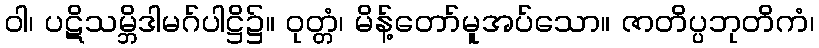
ဝါ၊ ပဋိသမ္ဘိဒါမဂ်ပါဋ္ဌိ၌။ ဝုတ္တံ၊ မိန့်တော်မူအပ်သော။ ဇာတိပ္ပဘုတိကံ၊